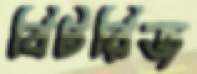
বিটরিজ